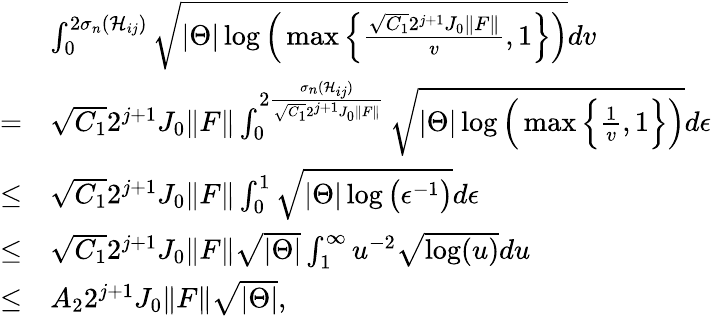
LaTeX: \begin{array}{rl}&{\int_{0}^{2\sigma_{n}(\mathcal{H}_{ij})}\sqrt{|\Theta|\log\Big(\operatorname*{max}\Big\{ \frac{\sqrt{C_{1}}2^{j+1}J_{0}\Vert F\Vert}{v},1\Big\} \Big)}dv}\\ {=}&{\sqrt{C_{1}}2^{j+1}J_{0}\Vert F\Vert\int_{0}^{2\frac{\sigma_{n}(\mathcal{H}_{ij})}{\sqrt{C_{1}}2^{j+1}J_{0}\Vert F\Vert}}\sqrt{|\Theta|\log\Big(\operatorname*{max}\Big\{ \frac{1}{v},1\Big\} \Big)}d\epsilon}\\ {\leq}&{\sqrt{C_{1}}2^{j+1}J_{0}\Vert F\Vert\int_{0}^{1}\sqrt{|\Theta|\log\big(\epsilon^{-1}\big)}d\epsilon}\\ {\leq}&{\sqrt{C_{1}}2^{j+1}J_{0}\Vert F\Vert\sqrt{|\Theta|}\int_{1}^{\infty}u^{-2}\sqrt{\log(u)}du}\\ {\leq}&{A_{2}2^{j+1}J_{0}\Vert F\Vert\sqrt{|\Theta|},}\end{array}